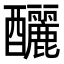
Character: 釃